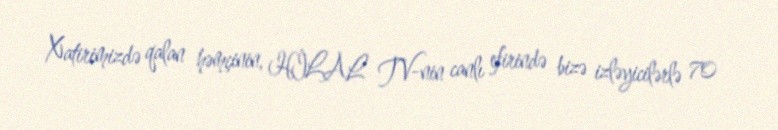
Xatirimizdə qalan həmçinin, HİLAL TV-nin canlı efirində bizə izləyicilərlə 70